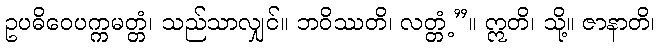
ဥပဓိဝေပက္ကမတ္တံ၊ သည်သာလျှင်။ ဘဝိဿတိ၊ လတ္တံ့”။ ဣတိ၊ သို့။ ဇာနာတိ၊